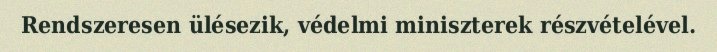
Rendszeresen ülésezik, védelmi miniszterek részvételével.